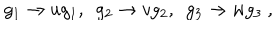
g _ { 1 } \rightarrow u g _ { 1 } , ~ ~ g _ { 2 } \rightarrow v g _ { 2 } , ~ ~ g _ { 3 } \rightarrow w g _ { 3 } \ ,